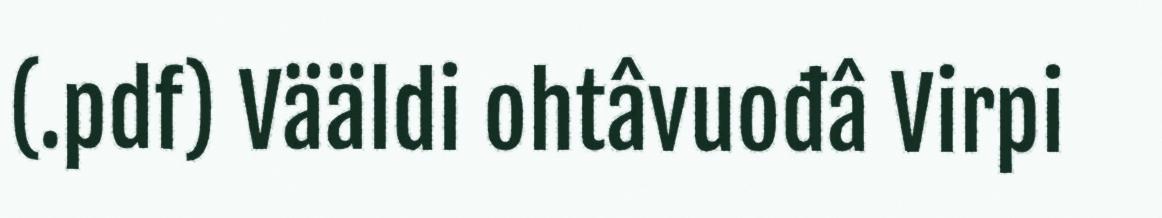
(.pdf) Vääldi ohtâvuođâ Virpi